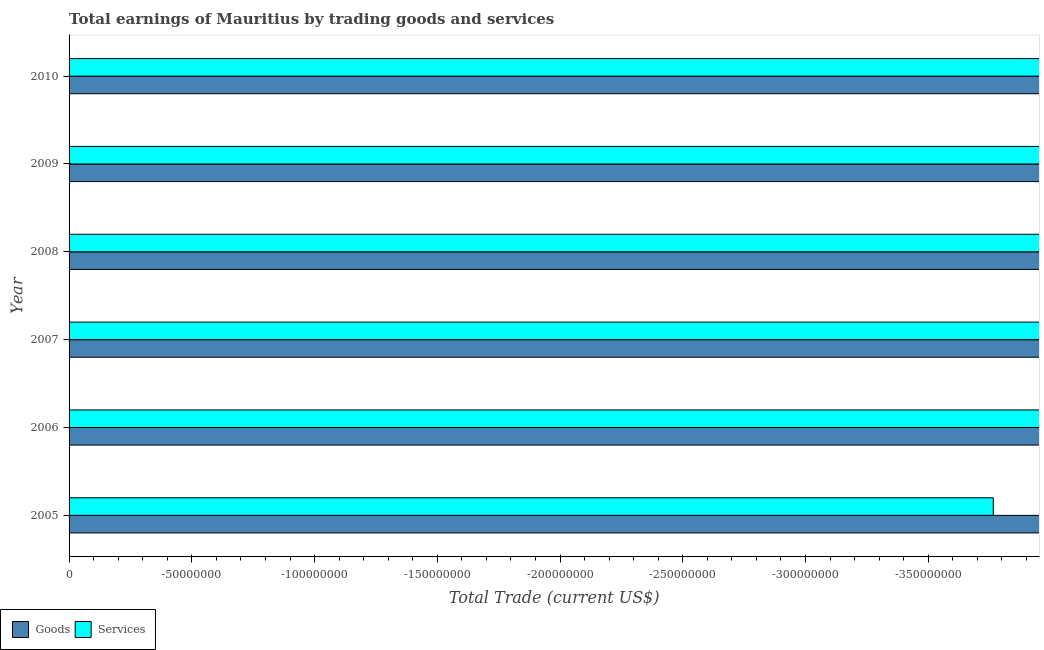
| Year | Goods | Services |
 | --- | --- | --- |
 | 2005 | -7.97e+08 | -3.76e+08 |
 | 2006 | -1.08e+09 | -7.26e+08 |
 | 2007 | -1.42e+09 | -7.82e+08 |
 | 2008 | -2e+09 | -1.38e+09 |
 | 2009 | -1.57e+09 | -9.34e+08 |
 | 2010 | -1.9e+09 | -1.18e+09 |